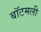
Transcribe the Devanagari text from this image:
बॉटमली